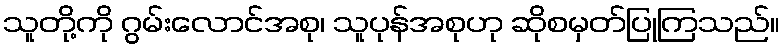
သူတို့ကို ဂွမ်းလောင်အစု၊ သူပုန်အစုဟု ဆိုစမှတ်ပြုကြသည်။